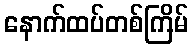
နောက်ထပ်တစ်ကြိမ်